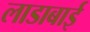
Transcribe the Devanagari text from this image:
लाडाबाई